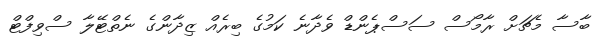
ބާސާ މެޗަށް ރާމޯސް ސަސްޕެންޑް ވެދާނެ ކަމުގެ ބިރެއް ޒިދާންގެ ނެތްޓޭލާ ސްވިފްޓް